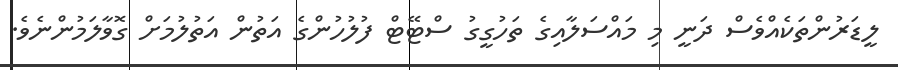
ލީޑަރުންތަކެއްވެސް ދަނީ މި މައްސަލާއިގެ ތަހުގީގު ސްޓޭޓް ފުލުހުންގެ އަތުން އަތުލުމަށް ގޮވާލަމުންނެވެ.